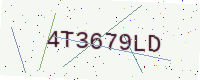
Text: 4T3679LD